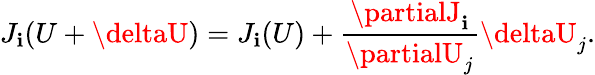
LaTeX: J_{\mathbf{i}}(U+\deltaU)=J_{\mathbf{i}}(U)+\frac{{\partialJ_{\mathbf{i}}}}{{\partialU_{j}}}\deltaU_{j}.